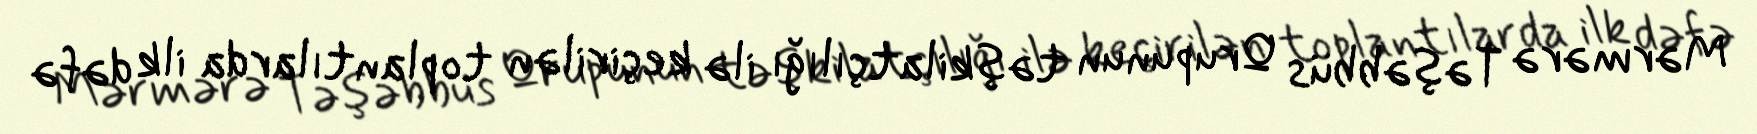
Mərmərə Təşəbbüs Qrupunun təşkilatçılığı ilə keçirilən toplantılarda ilk dəfə